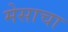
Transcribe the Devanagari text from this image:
मेसाचा